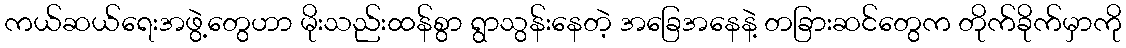
ကယ်ဆယ်ရေးအဖွဲ့တွေဟာ မိုးသည်းထန်စွာ ရွာသွန်းနေတဲ့ အခြေအနေနဲ့ တခြားဆင်တွေက တိုက်ခိုက်မှာကို